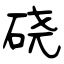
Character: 硗